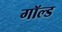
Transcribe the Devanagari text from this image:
गॉल्ड